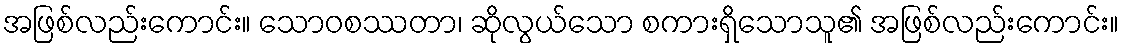
အဖြစ်လည်းကောင်း။ သောဝစဿတာ၊ ဆိုလွယ်သော စကားရှိသောသူ၏ အဖြစ်လည်းကောင်း။